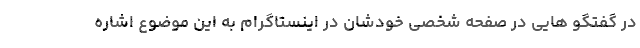
در گفتگو هایی در صفحه شخصی خودشان در اینستاگرام به این موضوع اشاره